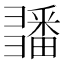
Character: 𢑵